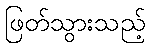
ဖြတ်သွားသည့်